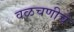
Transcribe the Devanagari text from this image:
वळचणीचे